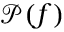
\mathcal { P } ( f )